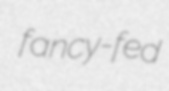
fancy-fed